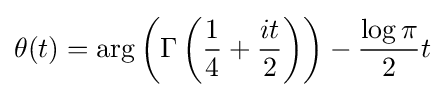
\theta (t)=\arg \left(\Gamma \left({\frac {1}{4}}+{\frac {it}{2}}\right)\right)-{\frac {\log \pi }{2}}t